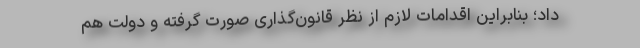
داد؛ بنابراین اقدامات لازم از نظر قانون‌گذاری صورت گرفته و دولت هم